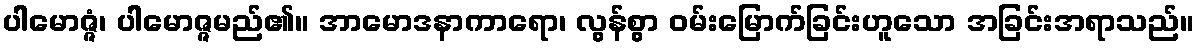
ပါမောဇ္ဇံ၊ ပါမောဇ္ဇမည်၏။ အာမောဒနာကာရော၊ လွန်စွာ ဝမ်းမြောက်ခြင်းဟူသော အခြင်းအရာသည်။